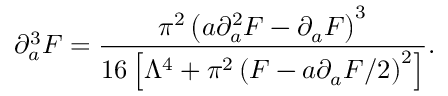
\partial _ { a } ^ { 3 } { \cal F } = { \frac { \pi ^ { 2 } \left( a \partial _ { a } ^ { 2 } { \cal F } - \partial _ { a } { \cal F } \right) ^ { 3 } } { 1 6 \left[ { \Lambda ^ { 4 } } + \pi ^ { 2 } \left( { \cal F } - { a } \partial _ { a } { \cal F } / 2 \right) ^ { 2 } \right] } } .